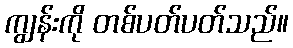
ကျွန်းကို တစ်ပတ်ပတ်သည်။